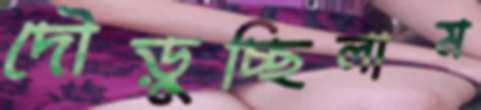
দৌড়ুচ্ছিলাম